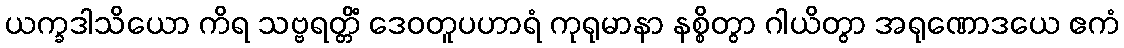
ယက္ခဒါသိယော ကိရ သဗ္ဗရတ္တိံ ဒေဝတူပဟာရံ ကုရုမာနာ နစ္စိတွာ ဂါယိတွာ အရုဏောဒယေ ဧကံ